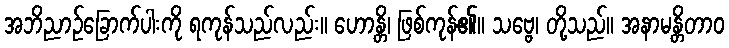
အဘိညာဉ်ခြောက်ပါးကို ရကုန်သည်လည်း။ ဟောန္တိ၊ ဖြစ်ကုန်၏။ သဗ္ဗေ၊ တို့သည်။ အနာမန္တိတာဝ